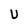
Character: U